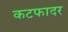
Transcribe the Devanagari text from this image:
कटफादर